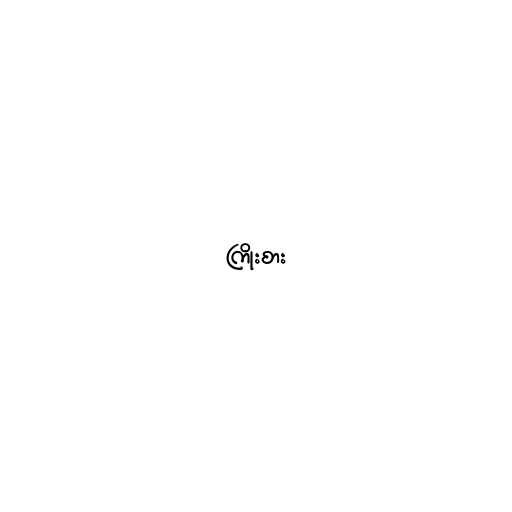
ကြိုးစား